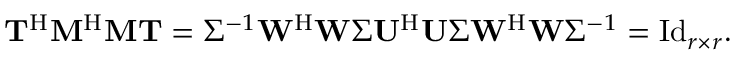
\begin{array} { r } { \mathbf { T } ^ { \mathrm { H } } \mathbf { M } ^ { \mathrm { H } } \mathbf { M } \mathbf { T } = \Sigma ^ { - 1 } \mathbf { W } ^ { \mathrm { H } } \mathbf { W } \Sigma \mathbf { U } ^ { \mathrm { H } } \mathbf { U } \Sigma \mathbf { W } ^ { \mathrm { H } } \mathbf { W } \Sigma ^ { - 1 } = \mathrm { I d } _ { r \times r } . } \end{array}